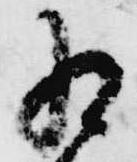
為